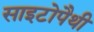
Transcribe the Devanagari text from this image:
साइटोपैथी